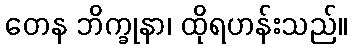
တေန ဘိက္ခုနာ၊ ထိုရဟန်းသည်။